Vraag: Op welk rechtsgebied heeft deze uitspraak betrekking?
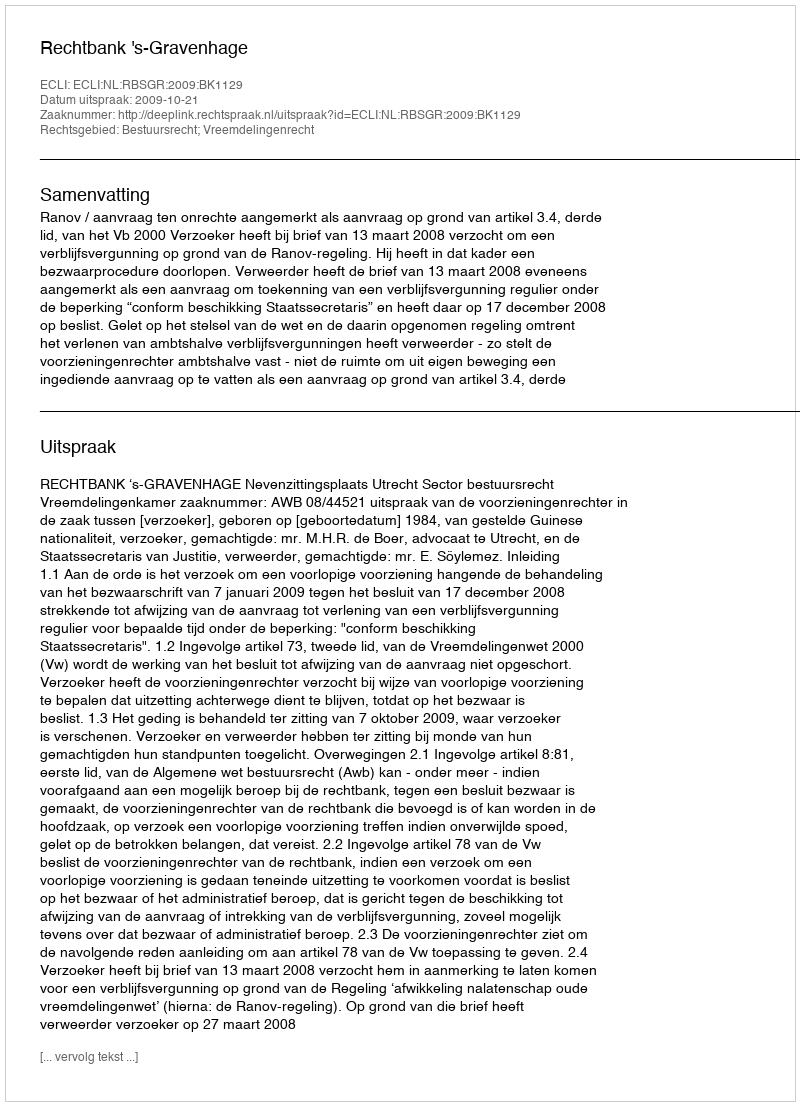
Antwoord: Bestuursrecht; Vreemdelingenrecht